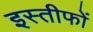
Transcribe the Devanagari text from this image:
इस्तीफों